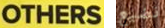
OTHERS نضيع